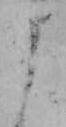
よ